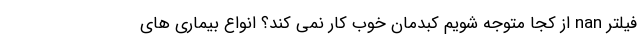
فیلتر nan از کجا متوجه شویم کبدمان خوب کار نمی کند؟ انواع بیماری های